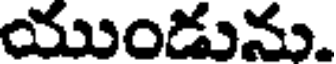
యుండును.